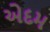
એદમ